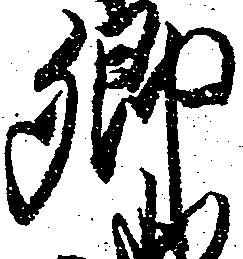
郷